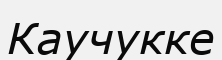
Каучукке